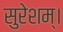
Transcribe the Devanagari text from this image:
सुरेशम्।